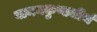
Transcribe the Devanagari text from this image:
वामनकुण्डतीर्थ